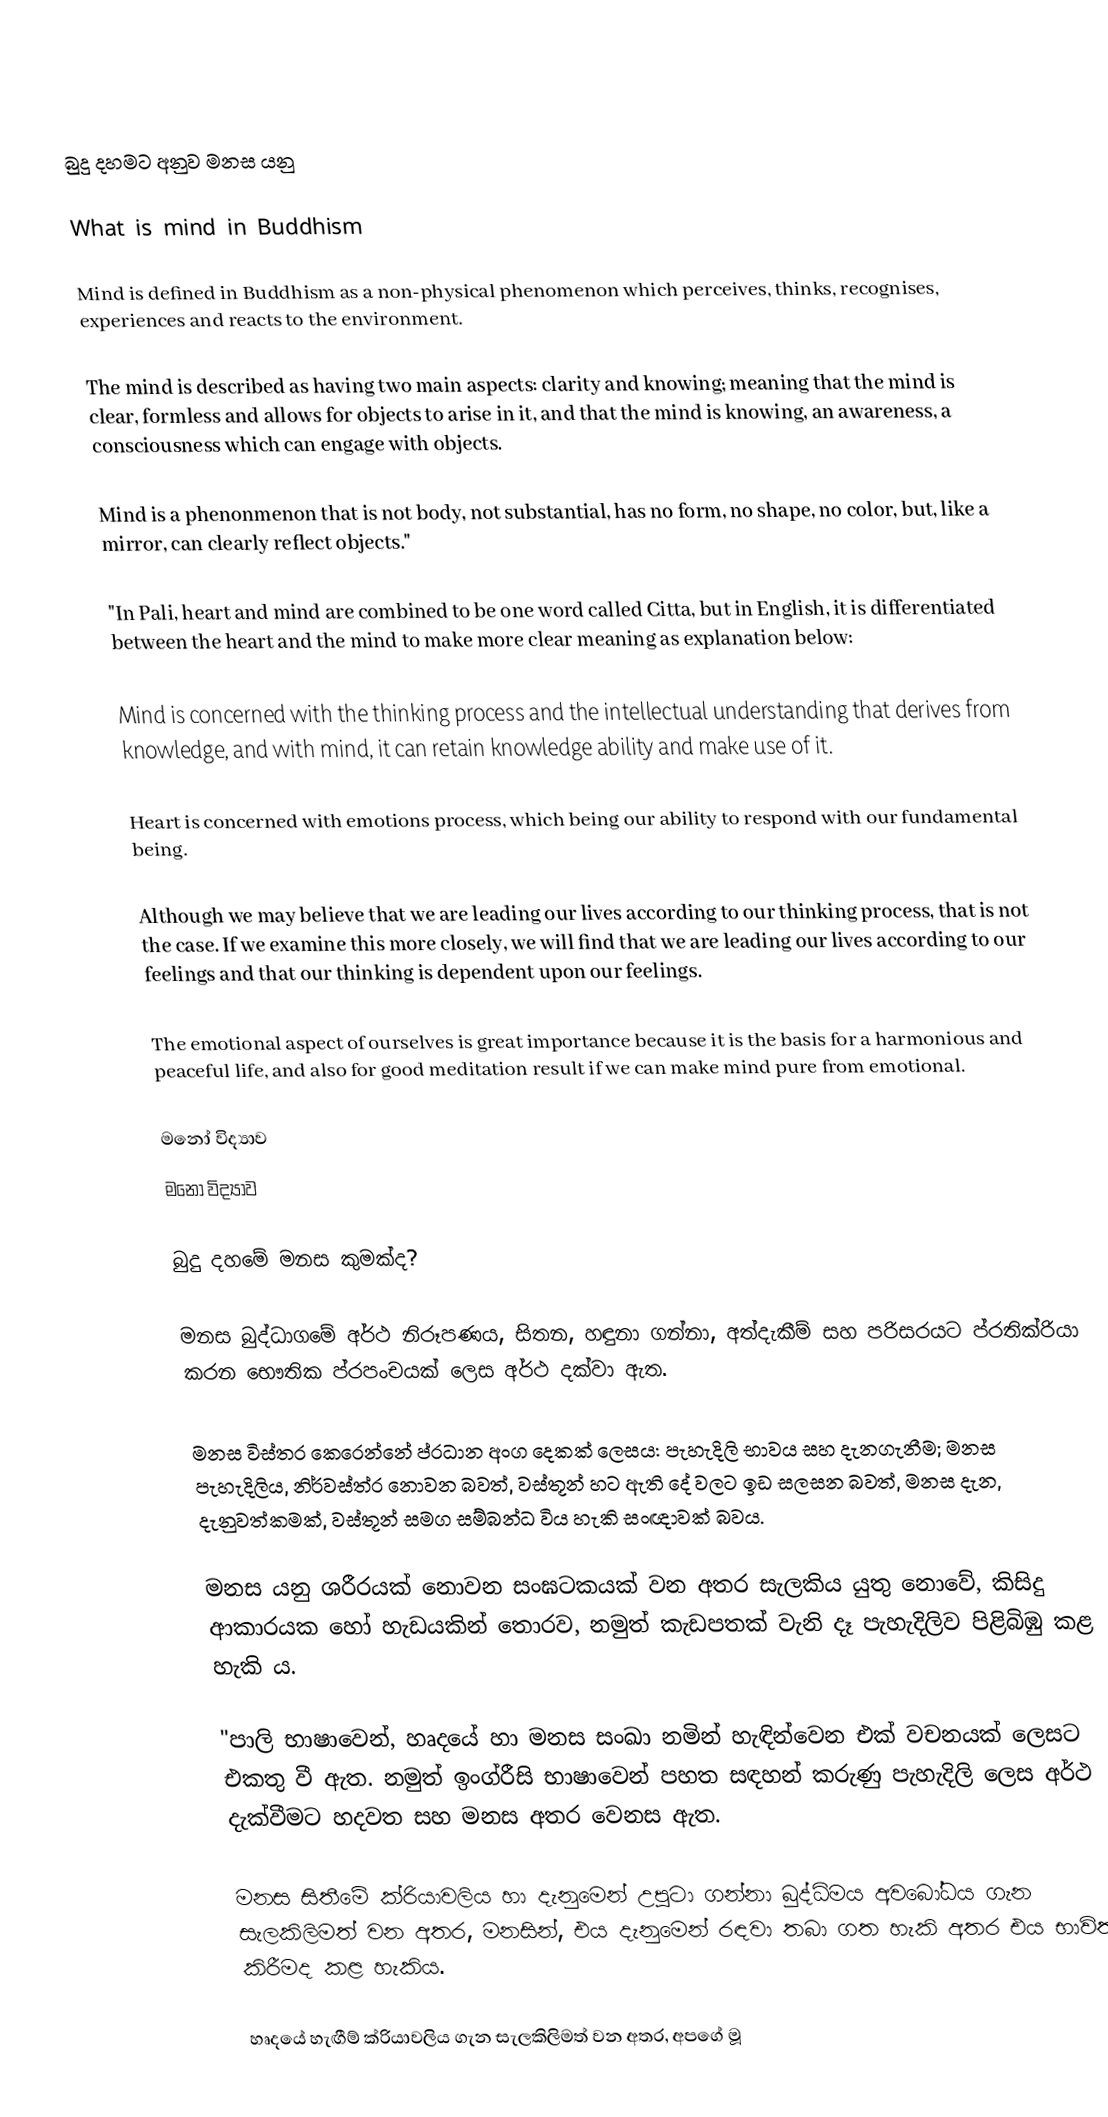

බුදු දහමට අනුව මනස යනු

What is mind in Buddhism

Mind is defined in Buddhism as a non-physical phenomenon which perceives, thinks, recognises, experiences and reacts to the environment.

The mind is described as having two main aspects: clarity and knowing; meaning that the mind is clear, formless and allows for objects to arise in it, and that the mind is knowing, an awareness, a consciousness which can engage with objects.

Mind is a phenonmenon that is not body, not substantial, has no form, no shape, no color, but, like a mirror, can clearly reflect objects."

"In Pali, heart and mind are combined to be one word called Citta, but in English, it is differentiated between the heart and the mind to make more clear meaning as explanation below:

Mind is concerned with the thinking process and the intellectual understanding that derives from knowledge, and with mind, it can retain knowledge ability and make use of it.

Heart is concerned with emotions process, which being our ability to respond with our fundamental being.

Although we may believe that we are leading our lives according to our thinking process, that is not the case. If we examine this more closely, we will find that we are leading our lives according to our feelings and that our thinking is dependent upon our feelings.

The emotional aspect of ourselves is great importance because it is the basis for a harmonious and peaceful life, and also for good meditation result if we can make mind pure from emotional.

මනෝ විද්‍යාව
මනෝ විද්‍යාව

බුදු දහමේ මනස කුමක්ද?

මනස බුද්ධාගමේ අර්ථ නිරූපණය, සිතන, හඳුනා ගන්නා, අත්දැකීම් සහ පරිසරයට ප්රතික්රියා කරන භෞතික ප්රපංචයක් ලෙස අර්ථ දක්වා ඇත.

මනස විස්තර කෙරෙන්නේ ප්රධාන අංග දෙකක් ලෙසය: පැහැදිලි භාවය සහ දැනගැනීම; මනස පැහැදිලිය, නිර්වස්ත්ර නොවන බවත්, වස්තූන් හට ඇති දේ වලට ඉඩ සලසන බවත්, මනස දැන, දැනුවත්කමක්, වස්තූන් සමග සම්බන්ධ විය හැකි සංඥාවක් බවය.

මනස යනු ශරීරයක් නොවන සංඝටකයක් වන අතර සැලකිය යුතු නොවේ, කිසිදු ආකාරයක හෝ හැඩයකින් තොරව, නමුත් කැඩපතක් වැනි දෑ පැහැදිලිව පිළිබිඹු කළ හැකි ය.

"පාලි භාෂාවෙන්, හෘදයේ හා මනස සංඛා නමින් හැඳින්වෙන එක් වචනයක් ලෙසට එකතු වී ඇත. නමුත් ඉංග්රීසි භාෂාවෙන් පහත සඳහන් කරුණු පැහැදිලි ලෙස අර්ථ දැක්වීමට හදවත සහ මනස අතර වෙනස ඇත.

මනස සිතීමේ ක්රියාවලිය හා දැනුමෙන් උපුටා ගන්නා බුද්ධිමය අවබෝධය ගැන සැලකිලිමත් වන අතර, මනසින්, එය දැනුමෙන් රඳවා තබා ගත හැකි අතර එය භාවිතා කිරීමද කළ හැකිය.

හෘදයේ හැඟීම් ක්රියාවලිය ගැන සැලකිලිමත් වන අතර, අපගේ මූ